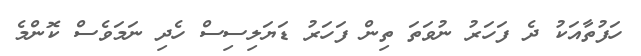
ހަފުތާއަކު ދެ ފަހަރު ނުވަތަ ތިން ފަހަރު ޑަޔަލިސިސް ހެދި ނަމަވެސް ކޮންމެ